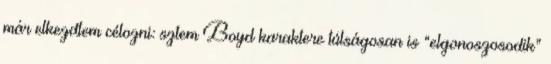
már elkezdtem célozni: sztem Boyd karaktere túlságosan is “elgonoszosodik”